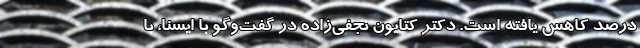
درصد کاهش یافته است. دکتر کتایون نجفی‌زاده در گفت‌وگو با ایسنا، با